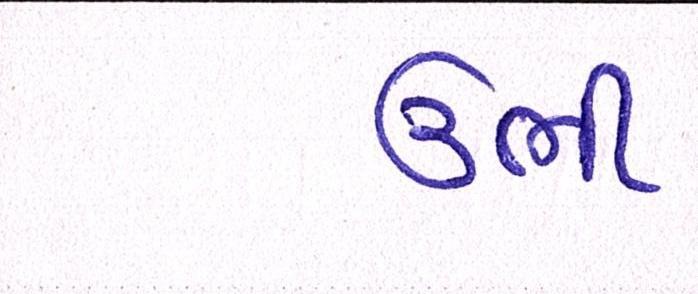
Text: ઉભી